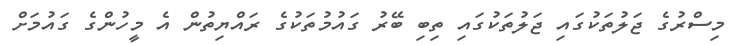
މިސްރުގެ ޖަލުތަކުގައި ޖަލުތަކުގައި ތިބި ބޭރު ގައުމުތަކުގެ ރައްޔިތުން އެ މީހުންގެ ގައުމަށް